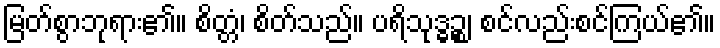
မြတ်စွာဘုရား၏။ စိတ္တံ၊ စိတ်သည်။ ပရိသုဒ္ဓဉ္စ၊ စင်လည်းစင်ကြယ်၏။